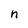
Character: n